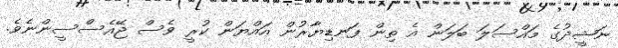
ނަޝީދުގެ މައްސަލަ ބަލަން އެ ތިން ފަނޑިޔާރުން އައްޔަން ކުރީ ވެސް ޖޭއެސްސީންނެވެ.